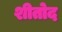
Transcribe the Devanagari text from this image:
शीतोद